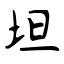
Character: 坦